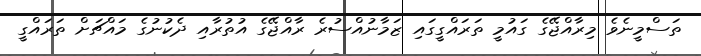
ތަސްމީނެވެ މިރާއްޖޭގެ ގައުމީ ތަރައްގީގައި ޒަމާނުއްސުރެ ރާއްޖޭގެ އުތުރާއި ދެކުނުގެ މައްޗަށް ތަރައްގީ